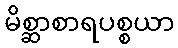
မိစ္ဆာစာရပစ္စယာ